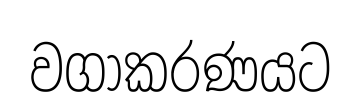
වගාකරණයට